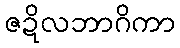
ဇဍိလဘာဂိကာ